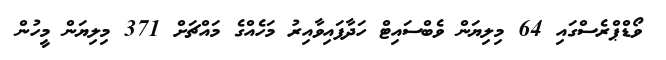
ވޯޑްޕްރެސްގައި 64 މިލިޔަން ވެބްސައިޓް ހަދާފައިވާއިރު މަހެއްގެ މައްޗަށް 371 މިލިޔަން މީހުން